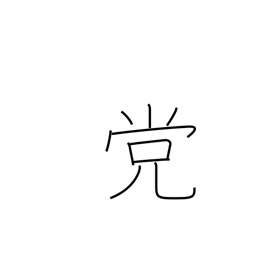
Meaning: faction